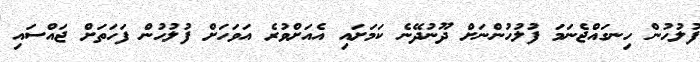
ފުލުހުން ހިނގައްޖެނަމަ ފުލުހުންނަށް ދޫނުދޭނެ ކަމަށައި އެއަށްވުރެ އަވަހަށް ފުލުހުން ފަހަތަށް ޖައްސައި